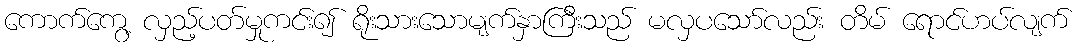
ကောက်ကွေ့ လှည့်ပတ်မှုကင်း၍ ရိုးသားသောမျက်နှာကြီးသည် မလှပသော်လည်း တိမ် ရောင်ဟပ်လျက်